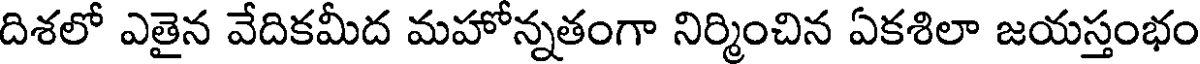
దిశలో ఎతైన వేదికమీద మహోన్నతంగా నిర్మించిన ఏకశిలా జయస్తంభం